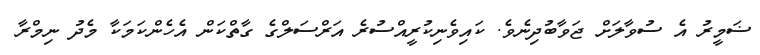
ޟަމީރު އެ ސުވާލަށް ޖަވާބުދިނެވެ. ކައިވެނިކުރީއްސުރެ އަރްސަލްގެ ގާތްކަން އެހެންކަމަކާ މެދު ނިމްރާ